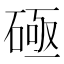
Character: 𰧐